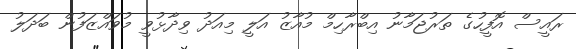
ރައީސް އޮފީހުގެ ތަރުޖަމާނު އިބްރާހިމް މުއާޒު އަލީ މިއަދު ވިދާޅުވީ މުވައްޒަފުން ބަދަލު